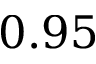
0 . 9 5